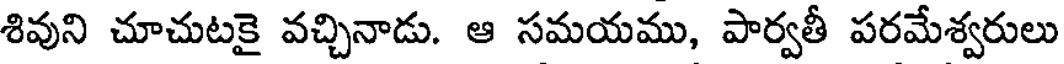
శివుని చూచుటకై వచ్చినాడు. ఆ సమయము, పార్వతీ పరమేశ్వరులు